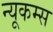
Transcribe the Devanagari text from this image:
न्यूकम्स